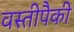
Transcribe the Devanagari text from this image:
वस्तीपैकी